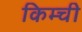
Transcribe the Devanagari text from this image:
किम्ची